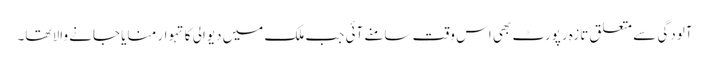
آلودگی سے متعلق تازہ رپورٹ بھی اس وقت سامنے آئی جب ملک میں دیوالی کا تہوار منایا جانے والا تھا۔